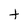
Character: t